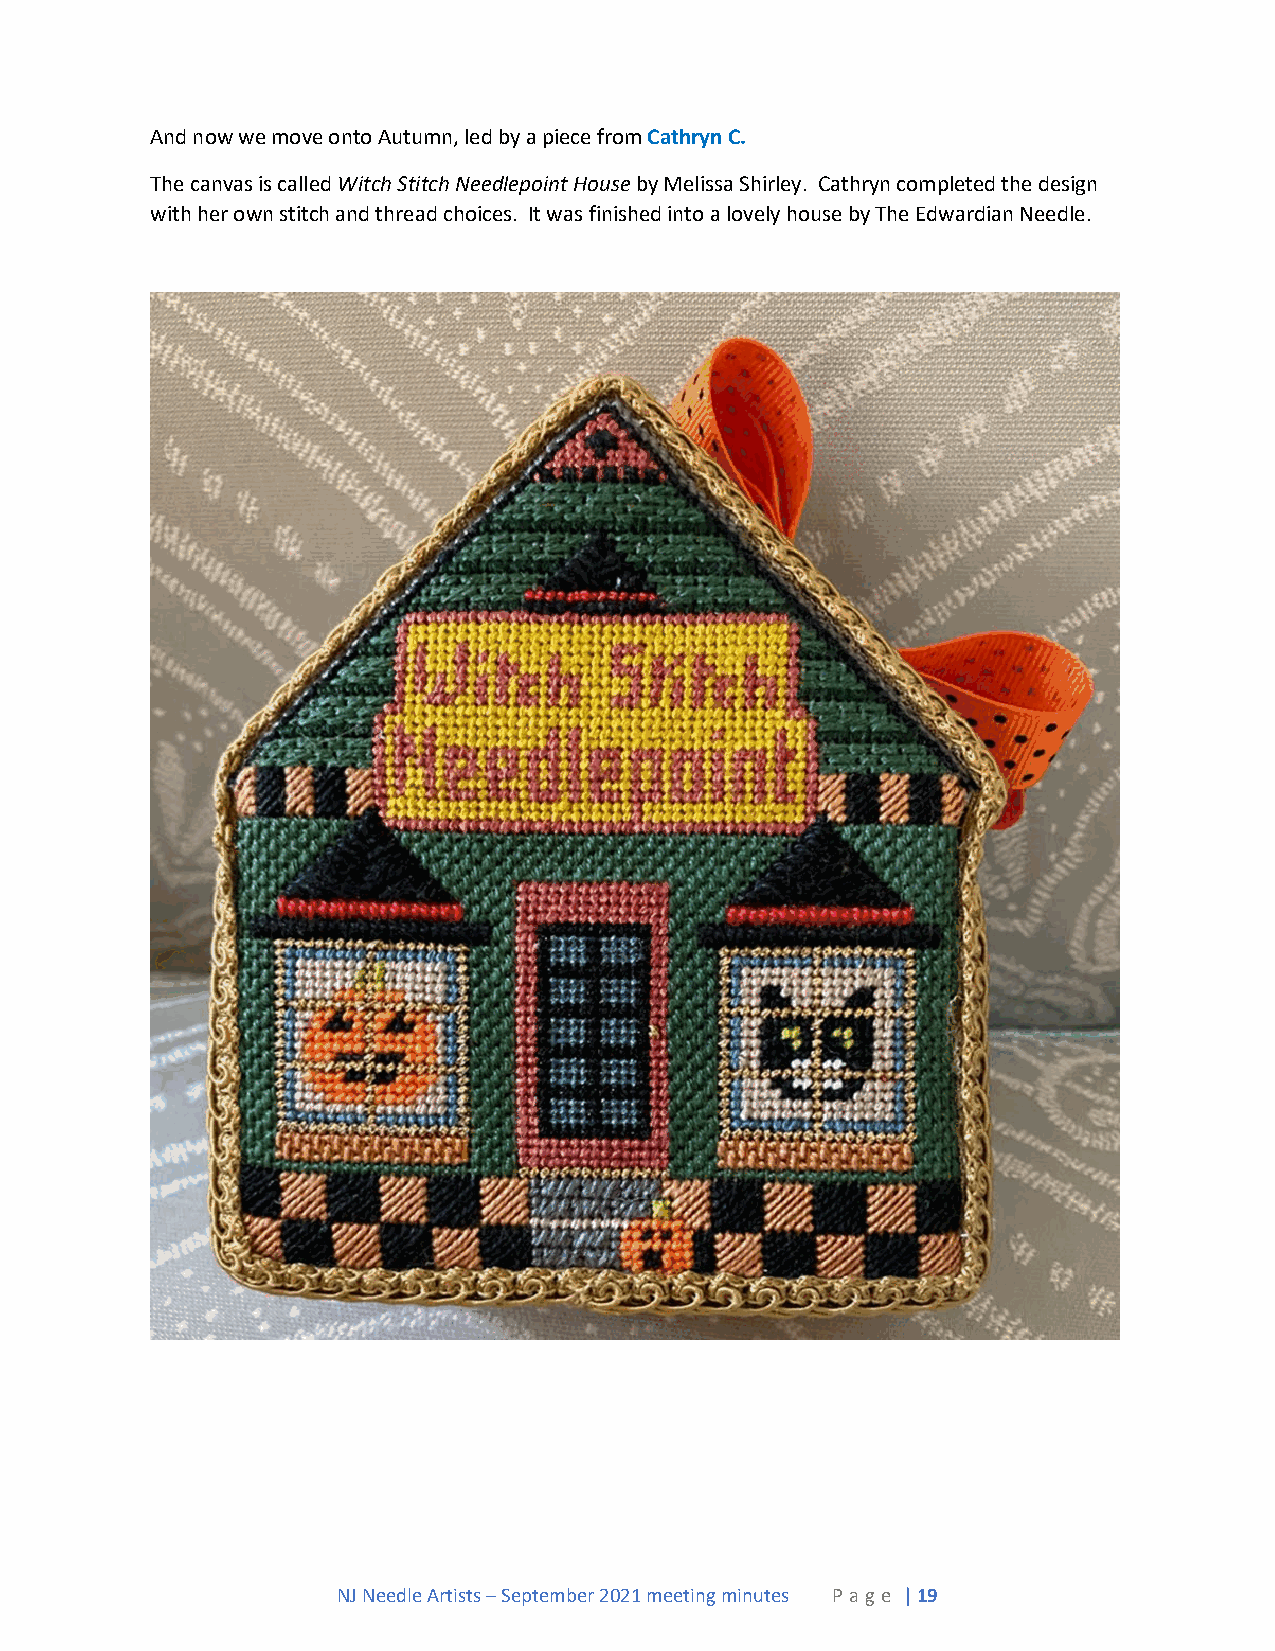
And now we move onto Autumn, led by a piece from Cathryn C.
 The canvas is called Witch Stitch Needlepoint House by Melissa Shirley. Cathryn completed the design
 with her own stitch and thread choices. It was finished into a lovely house by The Edwardian Needle.
 NJ Needle Artists – September 2021 meeting minutes P a ge | 19